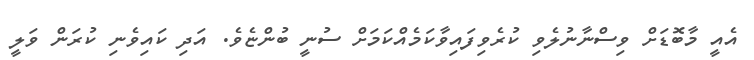
އެއީ މާބޮޑަށް ވިސްނާނުލެވި ކުރެވިފައިވާކަމެއްކަމަށް ސުނީ ބުންޏެވެ. އަދި ކައިވެނި ކުރަން ވަލީ